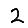
Digit: 2